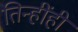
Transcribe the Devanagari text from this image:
तिन्हींही